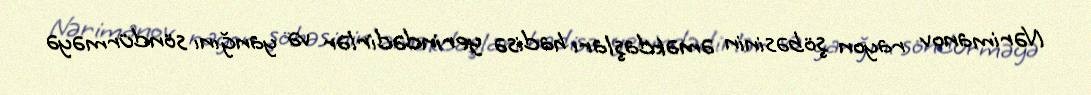
Nərimanov rayon şöbəsinin əməkdaşları hadisə yerindədirlər və yanğını söndürməyə